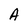
Character: A